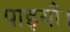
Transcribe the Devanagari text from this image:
पाइयाँ।